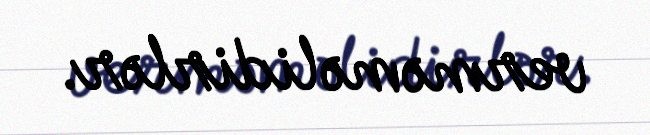
verməməlidirlər.